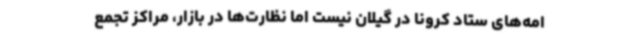
امه‌های ستاد کرونا در گیلان نیست اما نظارت‌ها در بازار، مراکز تجمع